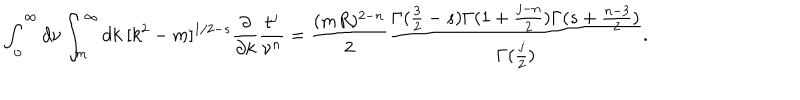
\int _ { 0 } ^ { \infty } d \nu \int _ { m } ^ { \infty } d k \ [ k ^ { 2 } - m ] ^ { 1 / 2 - s } \frac { \partial } { \partial k } \frac { t ^ { j } } { \nu ^ { n } } = \frac { ( m R ) ^ { 2 - n } } 2 \frac { \Gamma ( \frac 3 2 - s ) \Gamma ( 1 + \frac { j - n } 2 ) \Gamma ( s + \frac { n - 3 } 2 ) } { \Gamma ( \frac j 2 ) } .